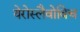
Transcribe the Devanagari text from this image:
येरोस्लैवोविच